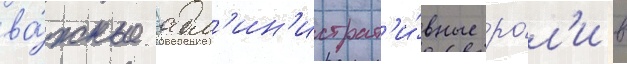
ва́жные адм'ин'истрат'и́вные ро́л'и в